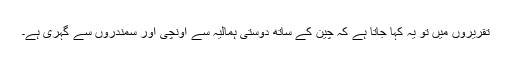
تقریروں میں تو یہ کہا جاتا ہے کہ چین کے ساتھ دوستی ہمالیہ سے اُونچی اور سمندروں سے گہری ہے۔